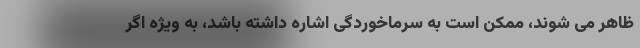
ظاهر می شوند، ممکن است به سرماخوردگی اشاره داشته باشد، به ویژه اگر